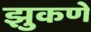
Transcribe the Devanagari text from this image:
झुकणे